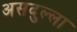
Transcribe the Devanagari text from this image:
असदुल्ला